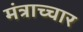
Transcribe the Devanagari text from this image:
मंत्राच्चार